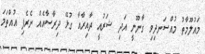
މައުލޫމާތު މުއްސަނދިވި ގާނޫނީ އަދި ޝަރުއީ ދާއިރާއާ ގުޅޭ ދިރާސާއެއް ނެރެފި އުއްތަމަ